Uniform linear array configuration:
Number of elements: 32
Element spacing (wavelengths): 0.75
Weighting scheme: kaiser
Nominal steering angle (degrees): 45
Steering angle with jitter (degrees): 43.273
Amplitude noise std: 0.05
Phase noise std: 0.05

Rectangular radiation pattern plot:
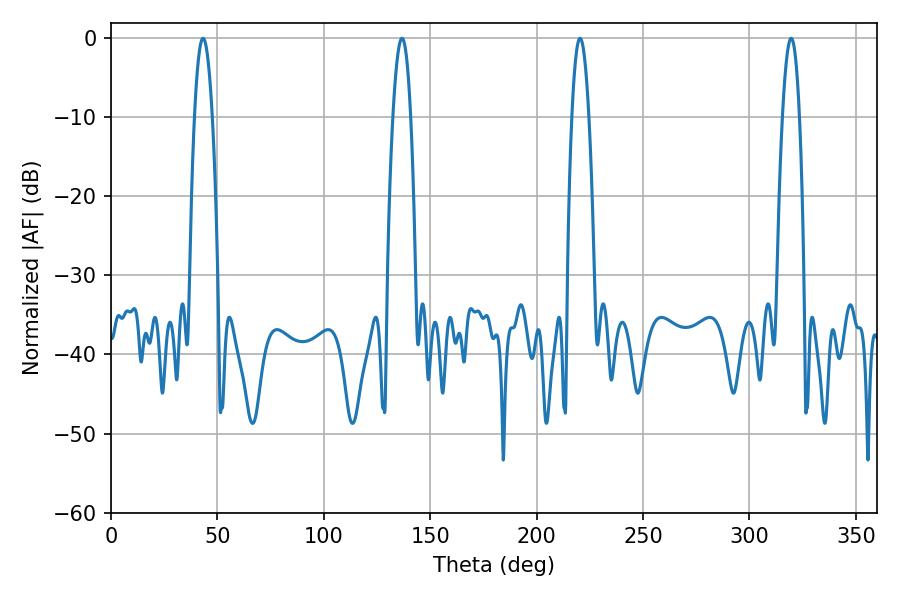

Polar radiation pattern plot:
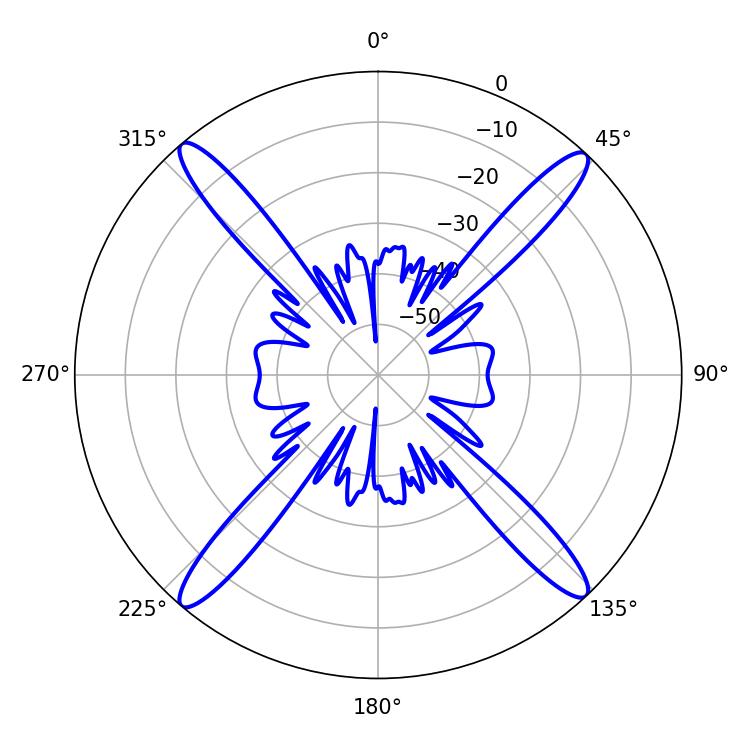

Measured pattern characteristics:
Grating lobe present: TRUE
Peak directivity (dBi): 22.472
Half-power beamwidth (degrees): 4.5
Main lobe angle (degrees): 43.2